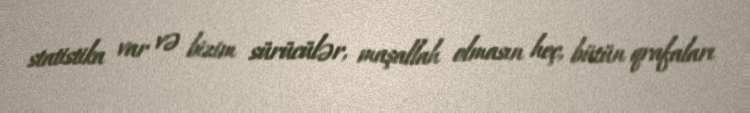
statistika var və bizim sürücülər, maşallah olmasın heç, bütün qrafaları